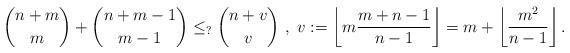
LaTeX: \begin{align*} {n + m \choose m} + {n + m-1 \choose m-1} \leq_{?} {n + v \choose v} ~,~ v := \left \lfloor m \frac{m+n-1}{n-1} \right \rfloor = m + \left \lfloor \frac{m^2}{n-1} \right \rfloor .\end{align*}